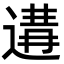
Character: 𨔸